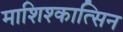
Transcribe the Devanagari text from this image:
माशिश्कात्सिन